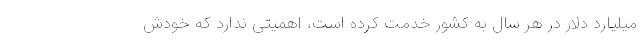
میلیارد دلار در هر سال به کشور خدمت کرده است، اهمیتی ندارد که خودش